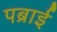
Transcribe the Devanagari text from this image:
पब्राई